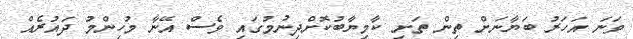
ވަނަ އަހަރު ބަޔާނަށް ތިން ތަށި ކާމިޔާބުކޮށްދިނުމުގައި ވެސް އޭނާ މުހިންމު ދައުރެއް